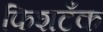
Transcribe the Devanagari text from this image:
फिशटँक